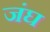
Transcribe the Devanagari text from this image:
जंघ